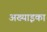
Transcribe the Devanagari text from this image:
अख्याइका